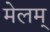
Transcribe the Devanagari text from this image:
मेलम्